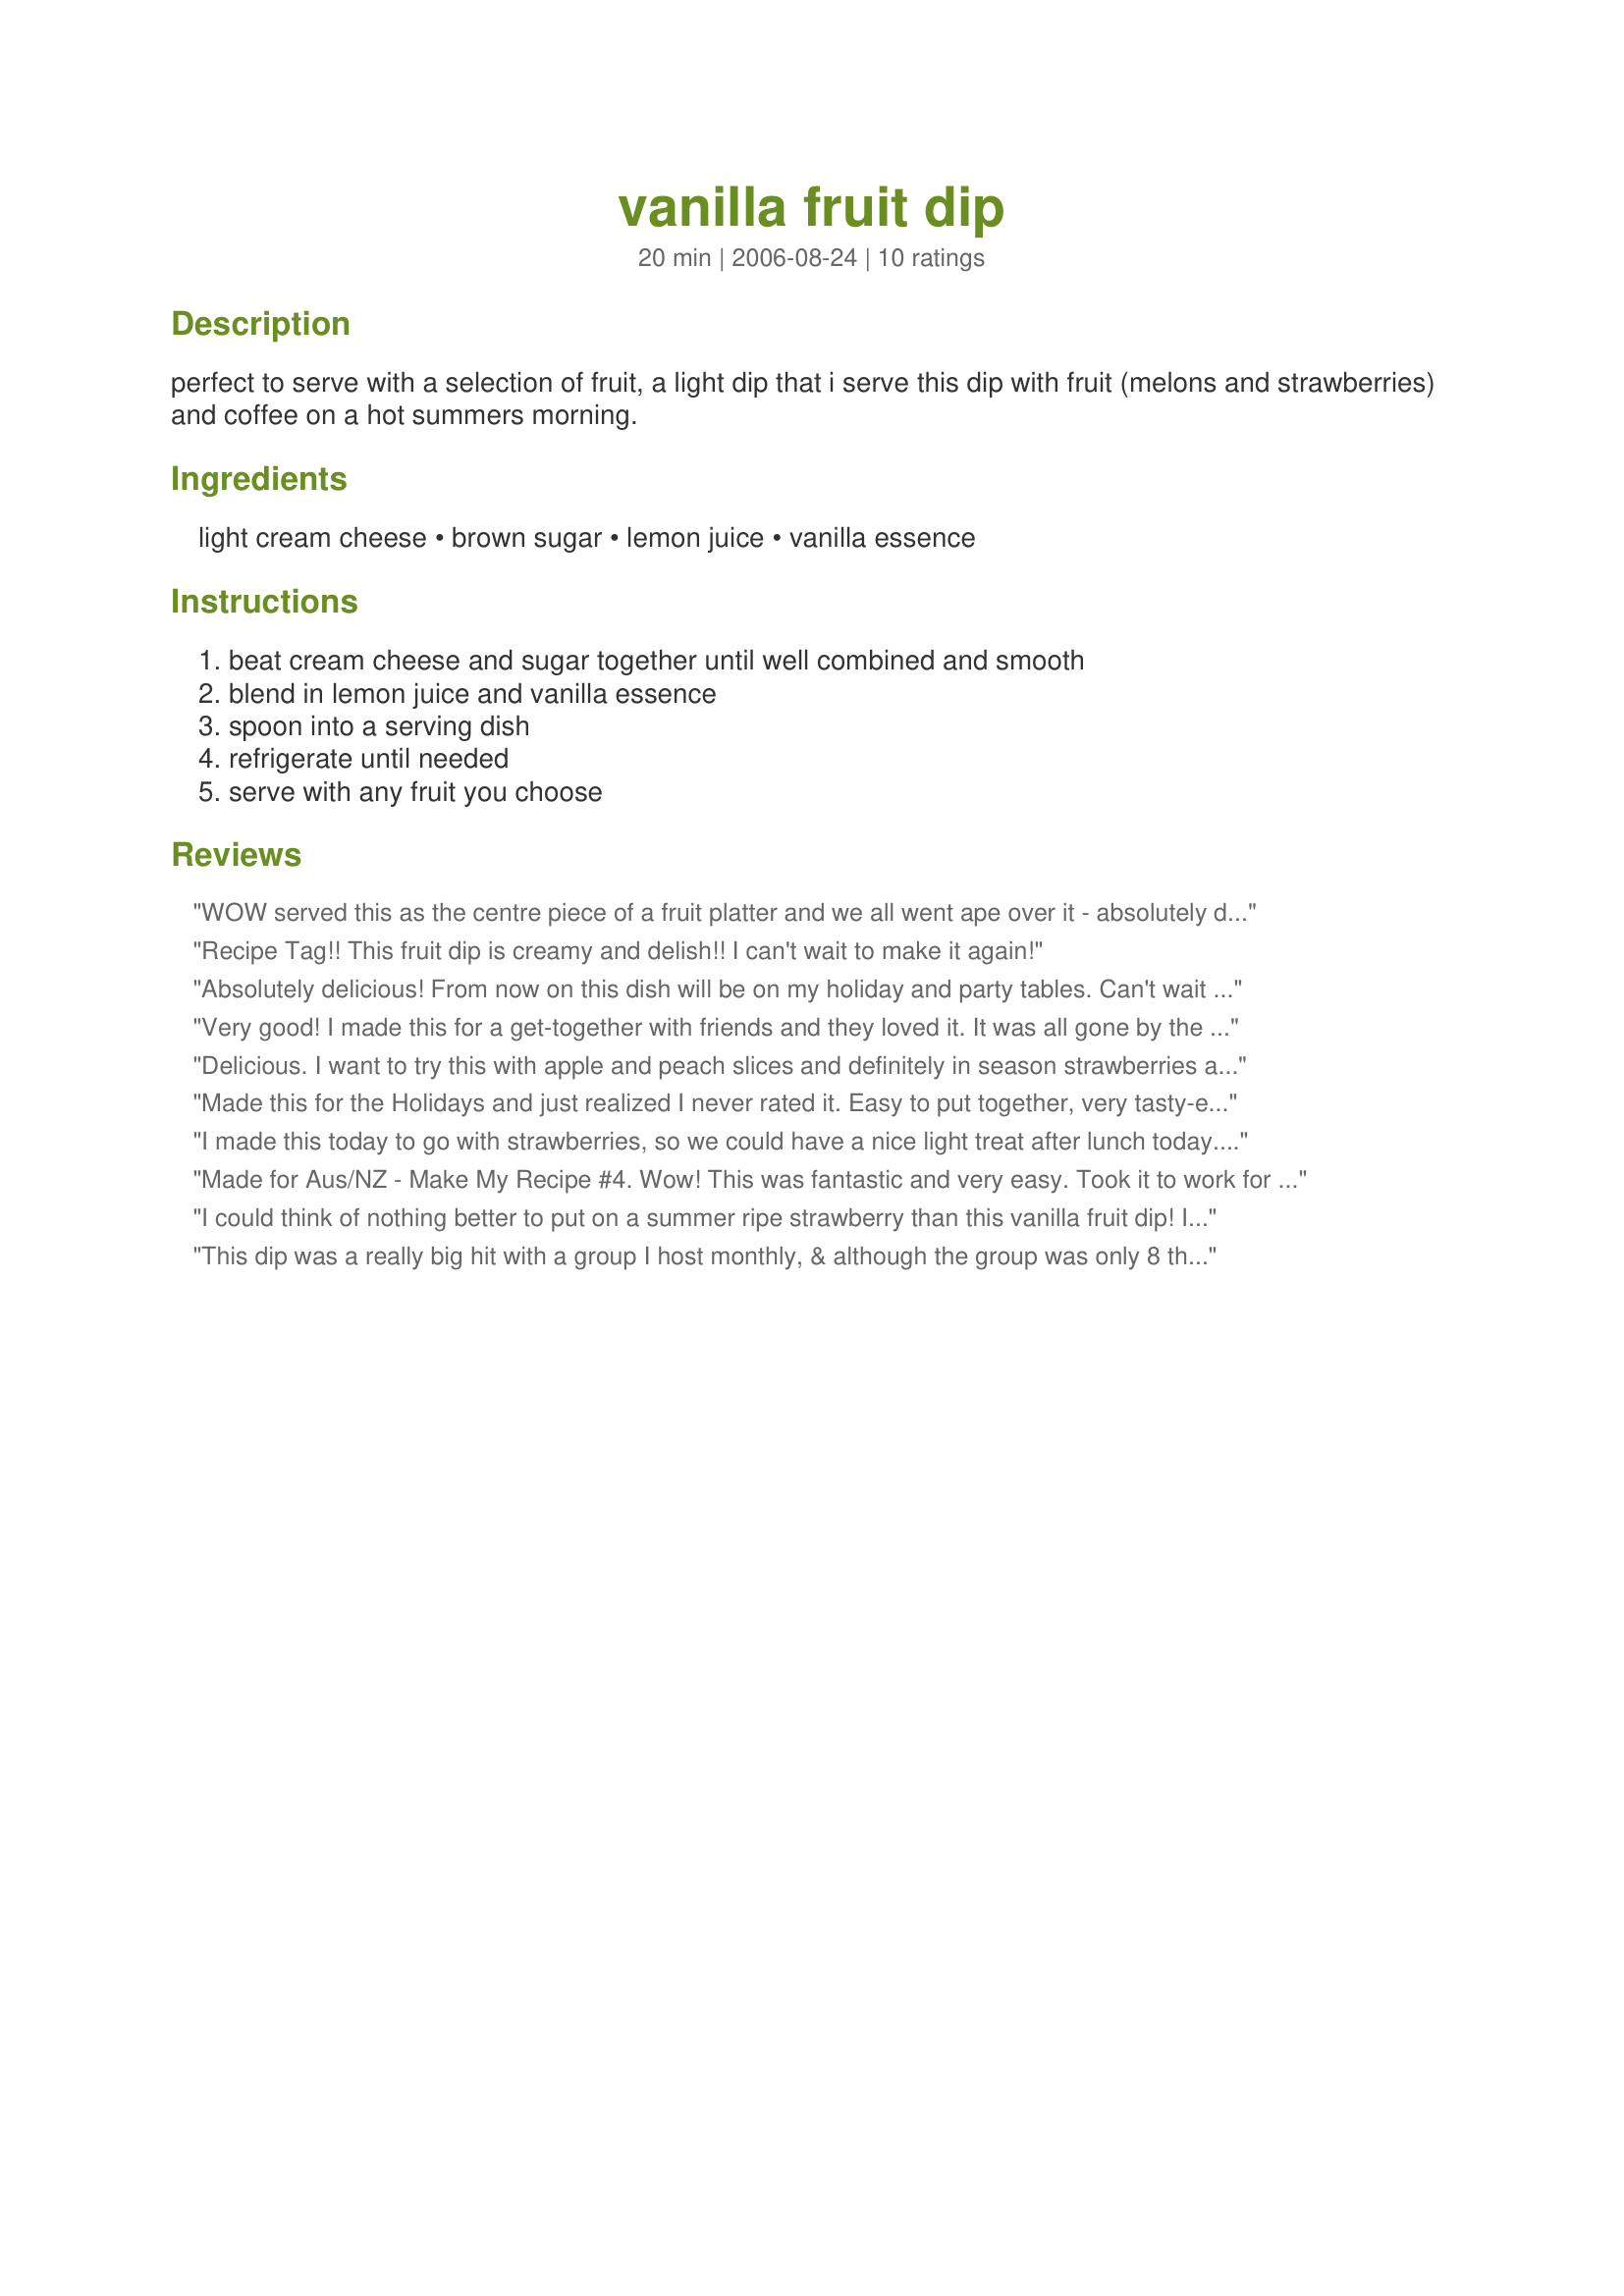
vanilla fruit dip
Preparation time: 20 minutes

perfect to serve with a selection of fruit, a light dip that i serve this dip with fruit (melons and strawberries) and coffee on a hot summers morning.

Ingredients:
light cream cheese, brown sugar, lemon juice, vanilla essence

Steps:
beat cream cheese and sugar together until well combined and smooth, blend in lemon juice and vanilla essence, spoon into a serving dish, refrigerate until needed, serve with any fruit you choose

Reviews:
WOW served this as the centre piece of a fruit platter and we all went ape over it - absolutely delicious. I only used 1 tablespoon of brown sugar due to dietary reasons and felt that the fruit would take up the extra sweetness and we all thoroughly enjoyed. Thank you Tisme, made for Make My Recipe - Edition 14.
Recipe Tag!! This fruit dip is creamy and delish!! I can't wait to make it again!
Absolutely delicious! From now on this dish will be on my holiday and party tables. Can't wait to make it for my grandchildren -- they will love it with fresh fruit. Thanks for the post. Made for the AUS/NZ Make My Recipe tag, October, 2011.
Very good! I made this for a get-together with friends and they loved it. It was all gone by the end of the evening. Very easy and it was served with strawberries, canteloupe, honeydew and apples.
Delicious. I want to try this with apple and peach slices and definitely in season strawberries another time probably just as a snack! Made for MAKE MY RECIPE ~ Tag Game Ed't 10.
Made this for the Holidays and just realized I never rated it. Easy to put together, very tasty-especially after sitting for a bit giving the flavors time to mix, and everyone liked it. Will be making again for sure. Thanks for posting!!
I made this today to go with strawberries, so we could have a nice light treat after lunch today. My oldest DDs were eating it right out of the bowl before I could get the strawberries out of the refrigerator. Both exclaimed that I MUST make your recipe again! I did swap a little fresh squeezed orange juice for the lemon juice...a personal preference otherwise the recipe was made as directed. I will definitely be making this again. Made for Make My Recipe Tag Game #14.
Made for Aus/NZ - Make My Recipe #4. Wow! This was fantastic and very easy. Took it to work for a carry in and lots of folks wanted the recipe. Will be making this again. Thanks for posting this, Tisme!
I could think of nothing better to put on a summer ripe strawberry than this vanilla fruit dip! It was so easy to make. I halved the recipe (only 2 of us),and used non-fat cream cheese. It came together in less than 5 minutes using my hand held immersion blender. I will definately be making this one again!
This dip was a really big hit with a group I host monthly, & although the group was only 8 this time around, 12 copies of the recipe were picked up! I even set out some blueberries, & guests were takinga small bowl of those & topping them with this dip! This keeper of a recipe is REALLY OUTSTANDING! [Tagged, made & reviewed in Make My Recipe cooking game]
